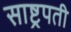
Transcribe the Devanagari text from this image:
साष्ट्रपती